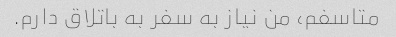
متاسفم، من نیاز به سفر به باتلاق دارم.